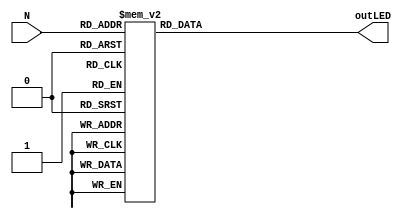
`timescale 1ns / 1ps
//////////////////////////////////////////////////////////////////////////////////
// Company: 
// Engineer: 
// 
// Design Name: 
// Module Name:    LED 
// Project Name: 
// Target Devices: 
// Tool versions: 
// Description: 
//
// Dependencies: 
//
// Revision: 
// Revision 0.01 - File Created
// Additional Comments: 
//
//////////////////////////////////////////////////////////////////////////////////
module LED
	(
		input [3:0] N,
		output reg [7:0] outLED
    );
 always @(*) begin
	 case(N)
	   0: outLED = 8'b00000011;
	   1: outLED = 8'b10011111;
	   2: outLED = 8'b00100101;
	   3: outLED = 8'b00001101;
	   4: outLED = 8'b10011001;
	   5: outLED = 8'b01001001;
	   6: outLED = 8'b01000001;
	   7: outLED = 8'b00011111;
	   8: outLED = 8'b00000001;
	   9: outLED = 8'b00011001;
	  /*10: outLED = 8'b11111110;
	  11: outLED = 8'b11111110;
	  12: outLED = 8'b11111110;
	  13: outLED = 8'b11111110;
	  14: outLED = 8'b11111110;
	  15: outLED = 8'b11111110;*/
	  default: outLED = 8'b11111110;
	endcase
end
 
endmodule